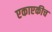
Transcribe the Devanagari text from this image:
एकाएकीच